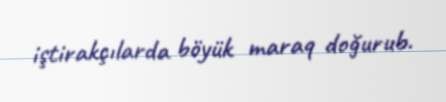
iştirakçılarda böyük maraq doğurub.